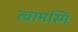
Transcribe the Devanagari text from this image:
त्वामस्मि